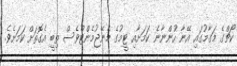
ކޯޗްގެ މަގާމުގައި އޭނާ ހުންނާނެ ކަމަށާއި ޓީމުގެ މެނޭޖުމެންޓްވެސް ތިބީ އެގޮތަށް ކަމަށެވެ.